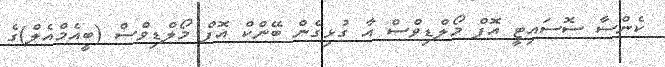
ކެންސާ ސޮސައިޓީ އޮފް މޯލްޑިވްސް އާ ގުޅިގެން ބޭންކް އޮފް މޯލްޑިވްސް (ބީއެމްއެލް)ގެ